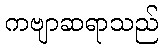
ကဗျာဆရာသည်